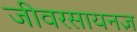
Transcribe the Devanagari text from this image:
जीवरसायनज्ञ